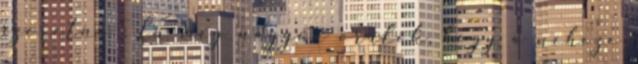
szeretné : Én meg nagyon örülök, hogy a neheze